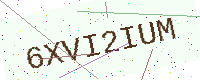
Text: 6XVI2IUM